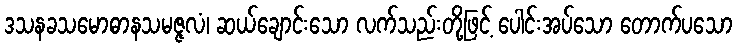
ဒသနခသမောဓာနသမဇ္ဇလံ၊ ဆယ်ချောင်းသော လက်သည်းတို့ဖြင့် ပေါင်းအပ်သော တောက်ပသော